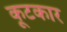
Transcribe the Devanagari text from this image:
कूटकार